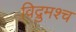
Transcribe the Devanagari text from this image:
विद्रुमश्च